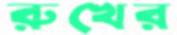
রুখের